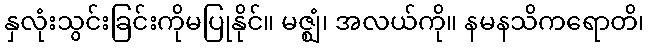
နှလုံးသွင်းခြင်းကိုမပြုနိုင်။ မဇ္ဈံ၊ အလယ်ကို။ နမနသိကရောတိ၊